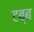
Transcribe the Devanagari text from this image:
टब्ब